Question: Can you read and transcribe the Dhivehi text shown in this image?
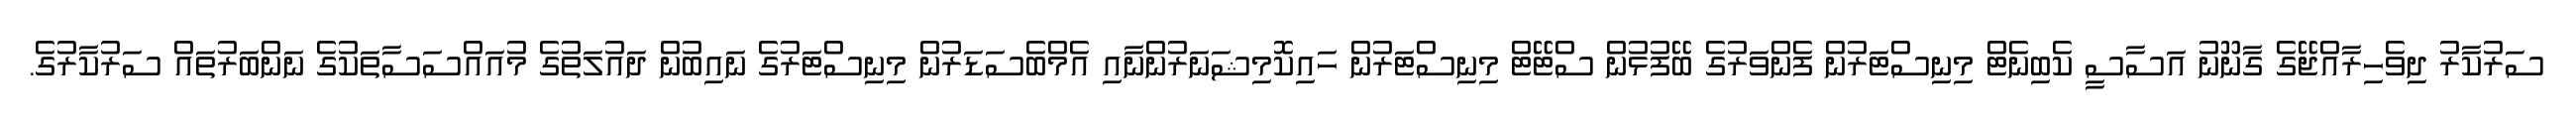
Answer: ސަރުކާރު ދިވެހިރާއްޖޭގެ ގާނޫނު އަސާސީ ކެބިނެޓް މިނިސްޓަރުން ފެންވަރުގެ ބޭފުޅުން ސްޓޭޓް މިނިސްޓަރުން ހައިކޮމިޝަނަރުންނާއި އެމްބެސަޑަރުން މިނިސްޓަރުގެ ނައިބުން ދައުލަތުގެ މުއައްސަސާތަކުގެ ނަންބަރުތައް ސަރުކާރުގެ.